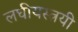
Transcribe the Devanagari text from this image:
लघीयस्त्रयी